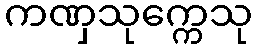
ကဏှသုက္ကေသု